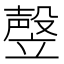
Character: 𰩩